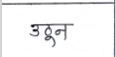
मजकूर: उठून